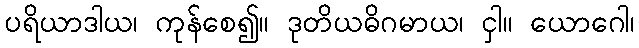
ပရိယာဒါယ၊ ကုန်စေ၍။ ဒုတိယဓိဂမာယ၊ ငှါ။ ယောဂေါ၊